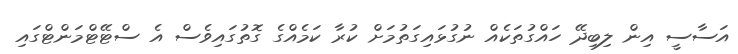
އަސާސީ އިން ލިބިދޭ ހައްގުތަކެއް ނުގުޅައިގަތުމަށް ކުރާ ކަމެއްގެ ގޮތުގައިވެސް އެ ސްޓޭޓްމަންޓްގައި